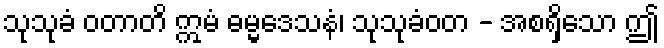
သုသုခံ ဝတာတိ ဣမံ ဓမ္မဒေသနံ၊ သုသုခံဝတ - အစရှိသော ဤ